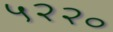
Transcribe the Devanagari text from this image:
५२२०